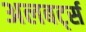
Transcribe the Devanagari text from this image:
अलबर्ट्स